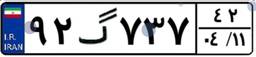
۹۲گ۷۳۷۴۲